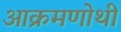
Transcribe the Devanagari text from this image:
आक्रमणोथी